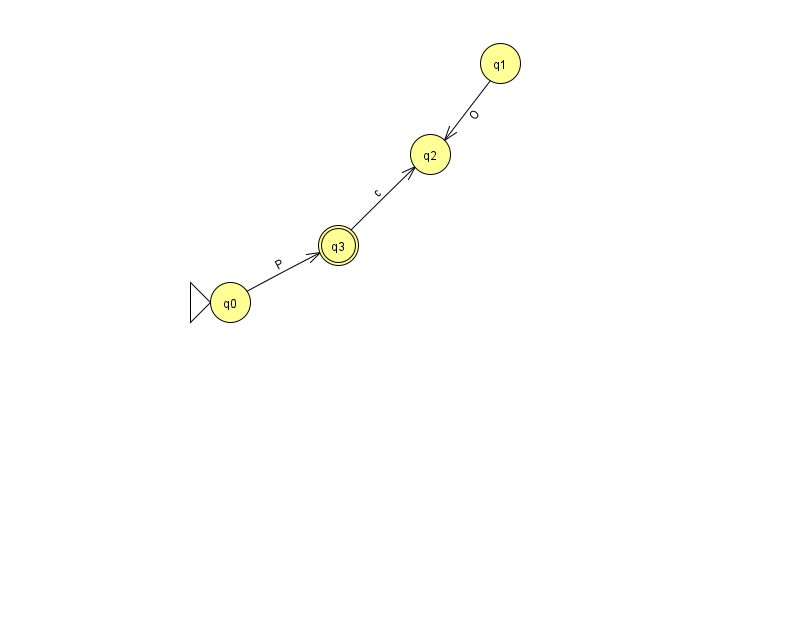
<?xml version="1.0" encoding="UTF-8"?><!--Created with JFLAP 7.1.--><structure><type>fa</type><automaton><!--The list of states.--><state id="0" name="q0"><x>230.0</x><y>289.0</y><initial/></state><state id="1" name="q1"><x>500.0</x><y>50.0</y></state><state id="2" name="q2"><x>430.0</x><y>141.0</y></state><state id="3" name="q3"><x>338.0</x><y>232.0</y><final/></state><state id="4" name="q4"><x>809.0</x><y>651.0</y></state><!--The list of transitions.--><transition><from>0</from><to>3</to><read>P</read></transition><transition><from>4</from><to>4</to><read>D</read></transition><transition><from>1</from><to>2</to><read>O</read></transition><transition><from>3</from><to>2</to><read>c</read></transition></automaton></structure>